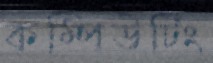
কম্পিউটিং